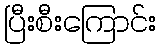
ပြီးစီးကြောင်း